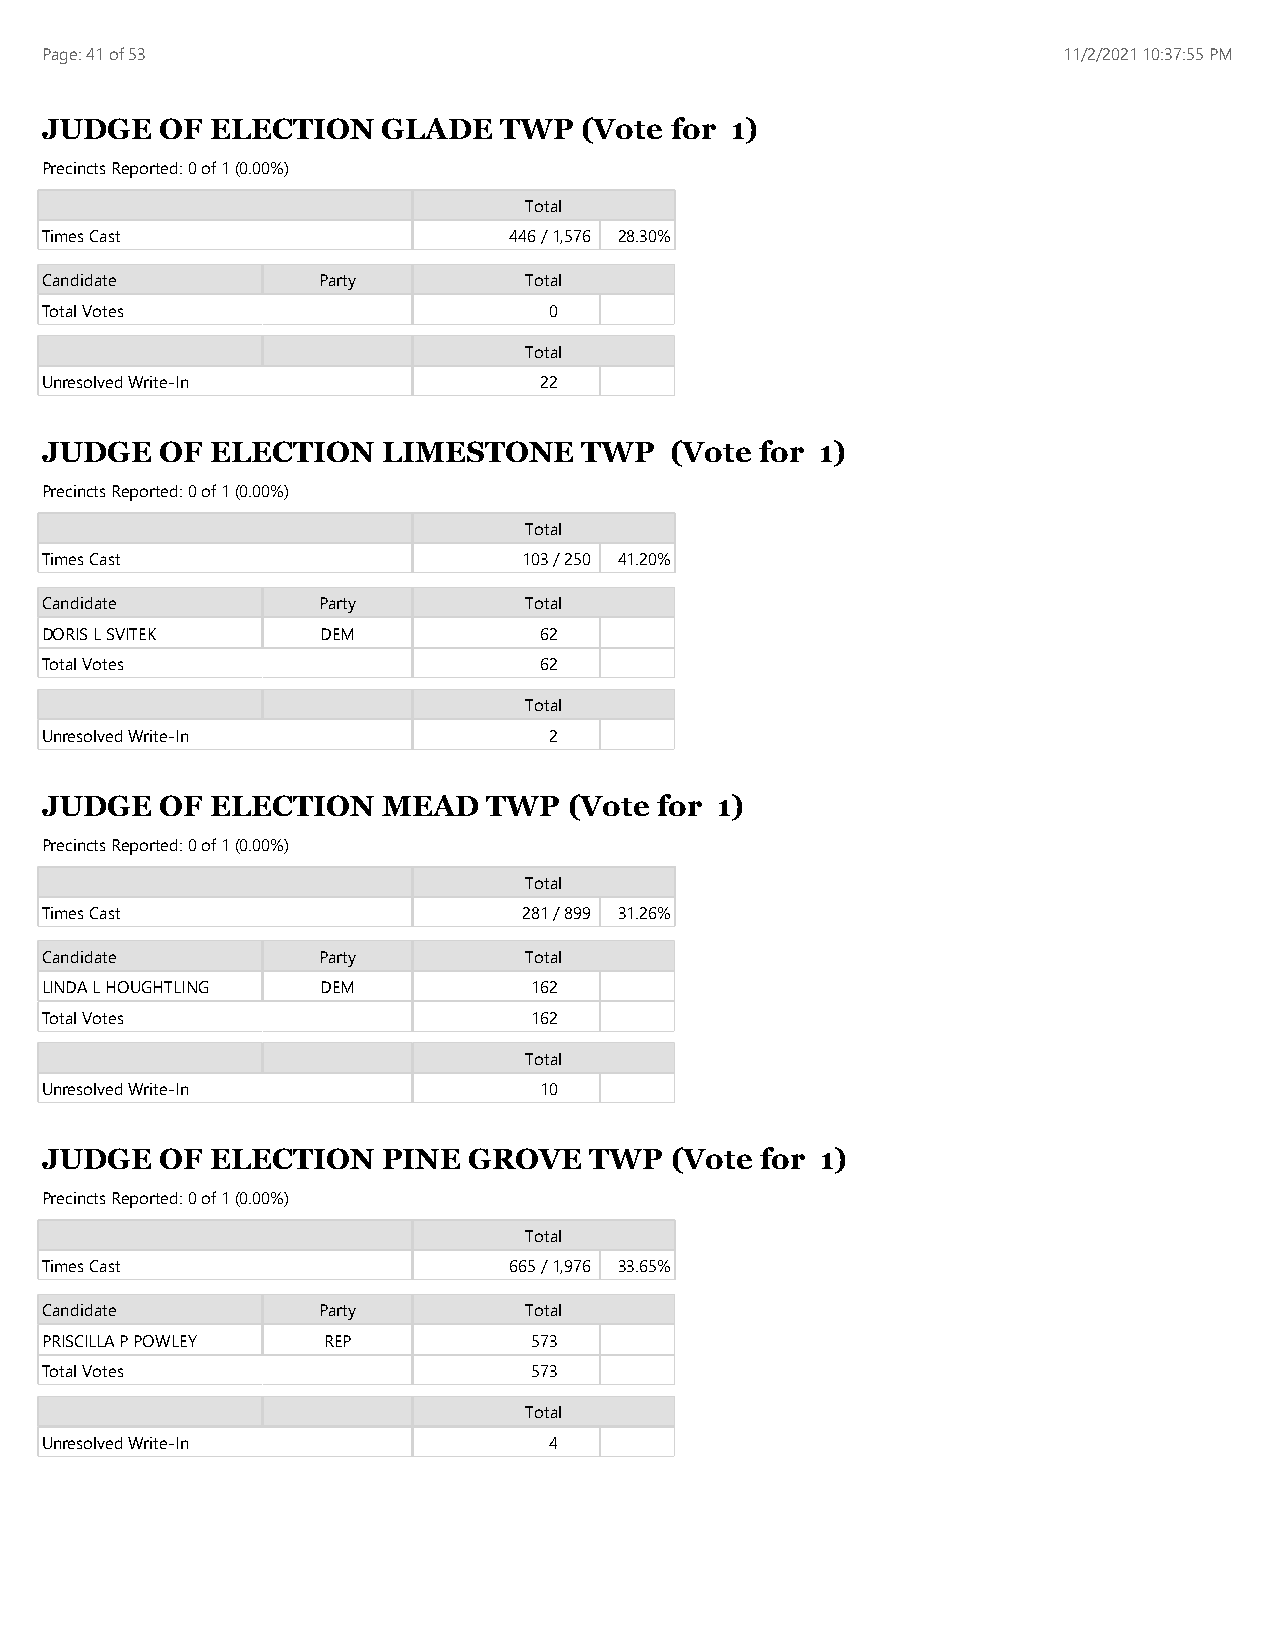
Page: 41 of 53                                                     11/2/2021 10:37:55 PM
 JUDGE   OF ELECTION   GLADE   TWP  (Vote for 1)
 Precincts Reported: 0 of 1 (0.00%)
 Total
 Times Cast                     446 / 1,576 28.30%
 Candidate         Party         Total
 Total Votes                      0
 Total
 Unresolved Write-In              22
 JUDGE   OF ELECTION   LIMESTONE    TWP   (Vote for 1)
 Precincts Reported: 0 of 1 (0.00%)
 Total
 Times Cast                      103 / 250 41.20%
 Candidate         Party         Total
 DORIS L SVITEK    DEM            62
 Total Votes                      62
 Total
 Unresolved Write-In              2
 JUDGE   OF ELECTION   MEAD   TWP   (Vote for 1)
 Precincts Reported: 0 of 1 (0.00%)
 Total
 Times Cast                      281 / 899 31.26%
 Candidate         Party         Total
 LINDA L HOUGHTLING DEM          162
 Total Votes                     162
 Total
 Unresolved Write-In              10
 JUDGE   OF ELECTION   PINE  GROVE   TWP  (Vote for 1)
 Precincts Reported: 0 of 1 (0.00%)
 Total
 Times Cast                     665 / 1,976 33.65%
 Candidate         Party         Total
 PRISCILLA P POWLEY REP          573
 Total Votes                     573
 Total
 Unresolved Write-In              4